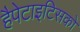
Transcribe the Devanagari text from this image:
हैपेटाइटिसको